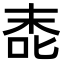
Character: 唜